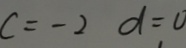
c = - 2 d = 0